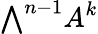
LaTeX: {\textstyle\bigwedge}^{n-1}A^{k}